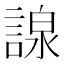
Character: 𧪒